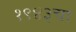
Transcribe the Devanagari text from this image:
१९४३चा